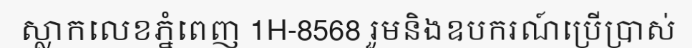
ស្លាកលេខភ្នំពេញ 1H-8568 រួមនិងឧបករណ៍ប្រើប្រាស់